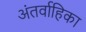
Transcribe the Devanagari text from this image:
अंतर्वाहिका